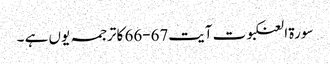
سورۃ العنکبوت آیت67-66 کا ترجمہ یوں ہے ۔